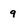
Character: 9